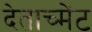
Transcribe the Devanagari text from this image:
देताच्मेंट